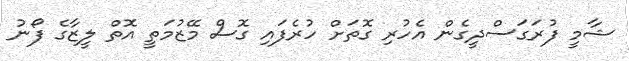
ޝާމީ ފުރަގަސްދީގެން އެހުރި ގޮތަށް ހުރެފައި ގޮސް މޭޒުމަތީ އޮތް ލީޒާގެ ފޯނު